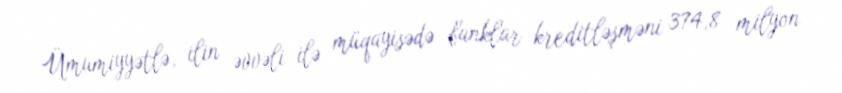
Ümumiyyətlə, ilin əvvəli ilə müqayisədə banklar kreditləşməni 374,8 milyon